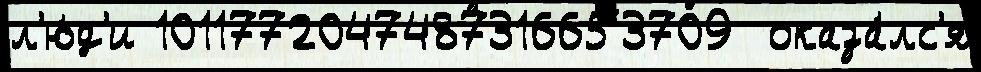
л'ю́д'и 1011772047487316653709  оказа́лс'я